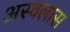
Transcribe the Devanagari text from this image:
अस्वलास